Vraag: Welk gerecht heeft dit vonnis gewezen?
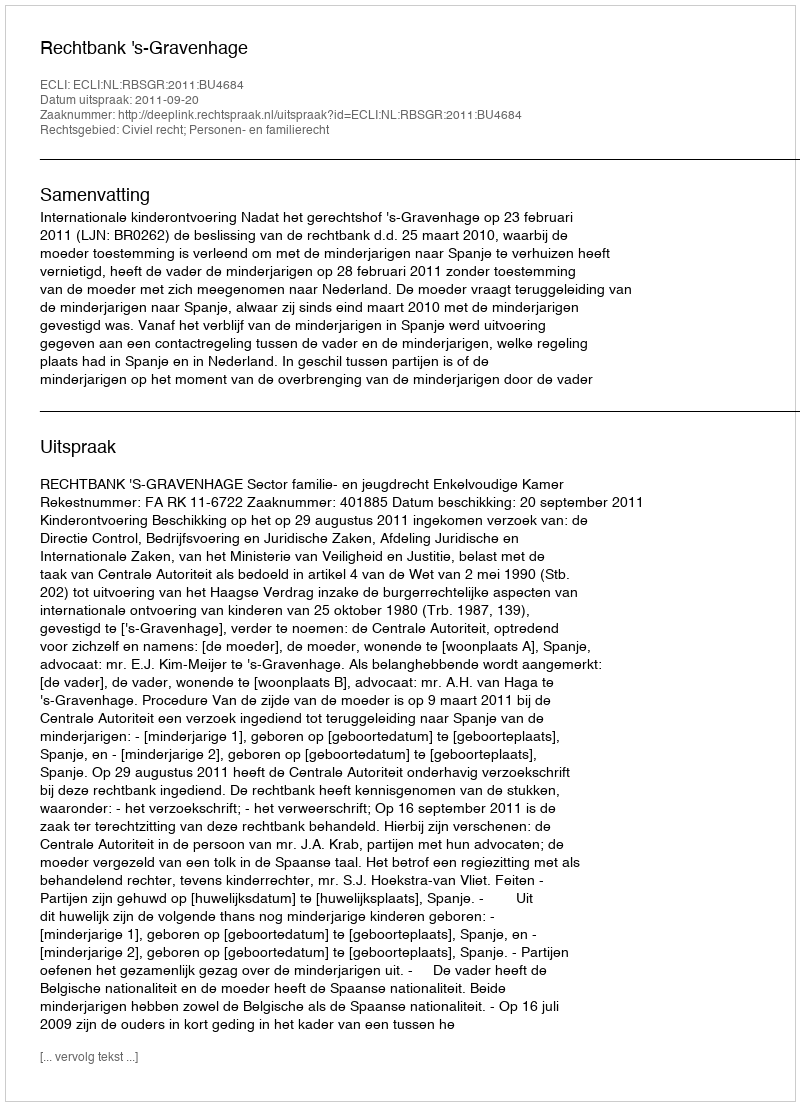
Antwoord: Rechtbank 's-Gravenhage